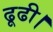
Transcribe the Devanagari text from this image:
ढूढी।